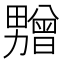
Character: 𰣛